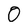
Character: 0